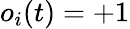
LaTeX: o_{i}(t)=+1